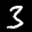
Label: 3